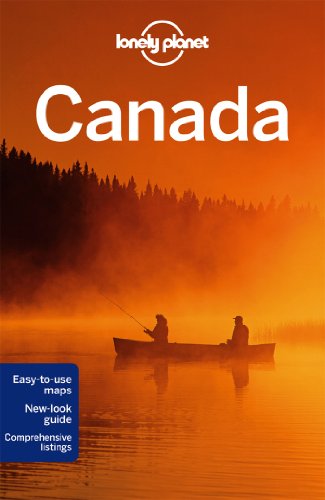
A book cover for Lonely Planet Canada (Travel Guide); Lonely Planet; Travel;